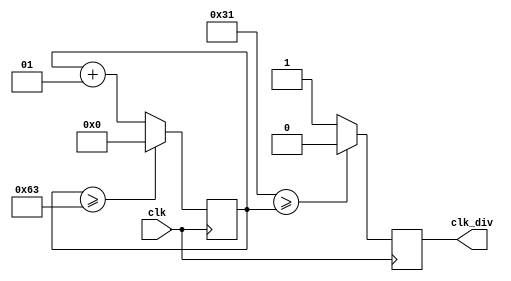
module MyClockDivider #(parameter n=100)(
    input clk,
    output wire clk_div  
);
    reg CLK_Out;
    integer counter = 0;
    always @(posedge clk) begin
        counter <= counter + 1;
        if(counter >= n-1) counter <= 0;
    end
    always @(posedge clk) begin
        CLK_Out <= (((n-1) >> 1) >= counter)?1'b0:1'b1;
    end
    assign clk_div = CLK_Out;
endmodule